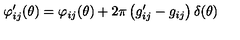
\varphi _ { i j } ^ { \prime } ( \theta ) = \varphi _ { i j } ( \theta ) + 2 \pi \left( g _ { i j } ^ { \prime } - g _ { i j } \right) \delta ( \theta )